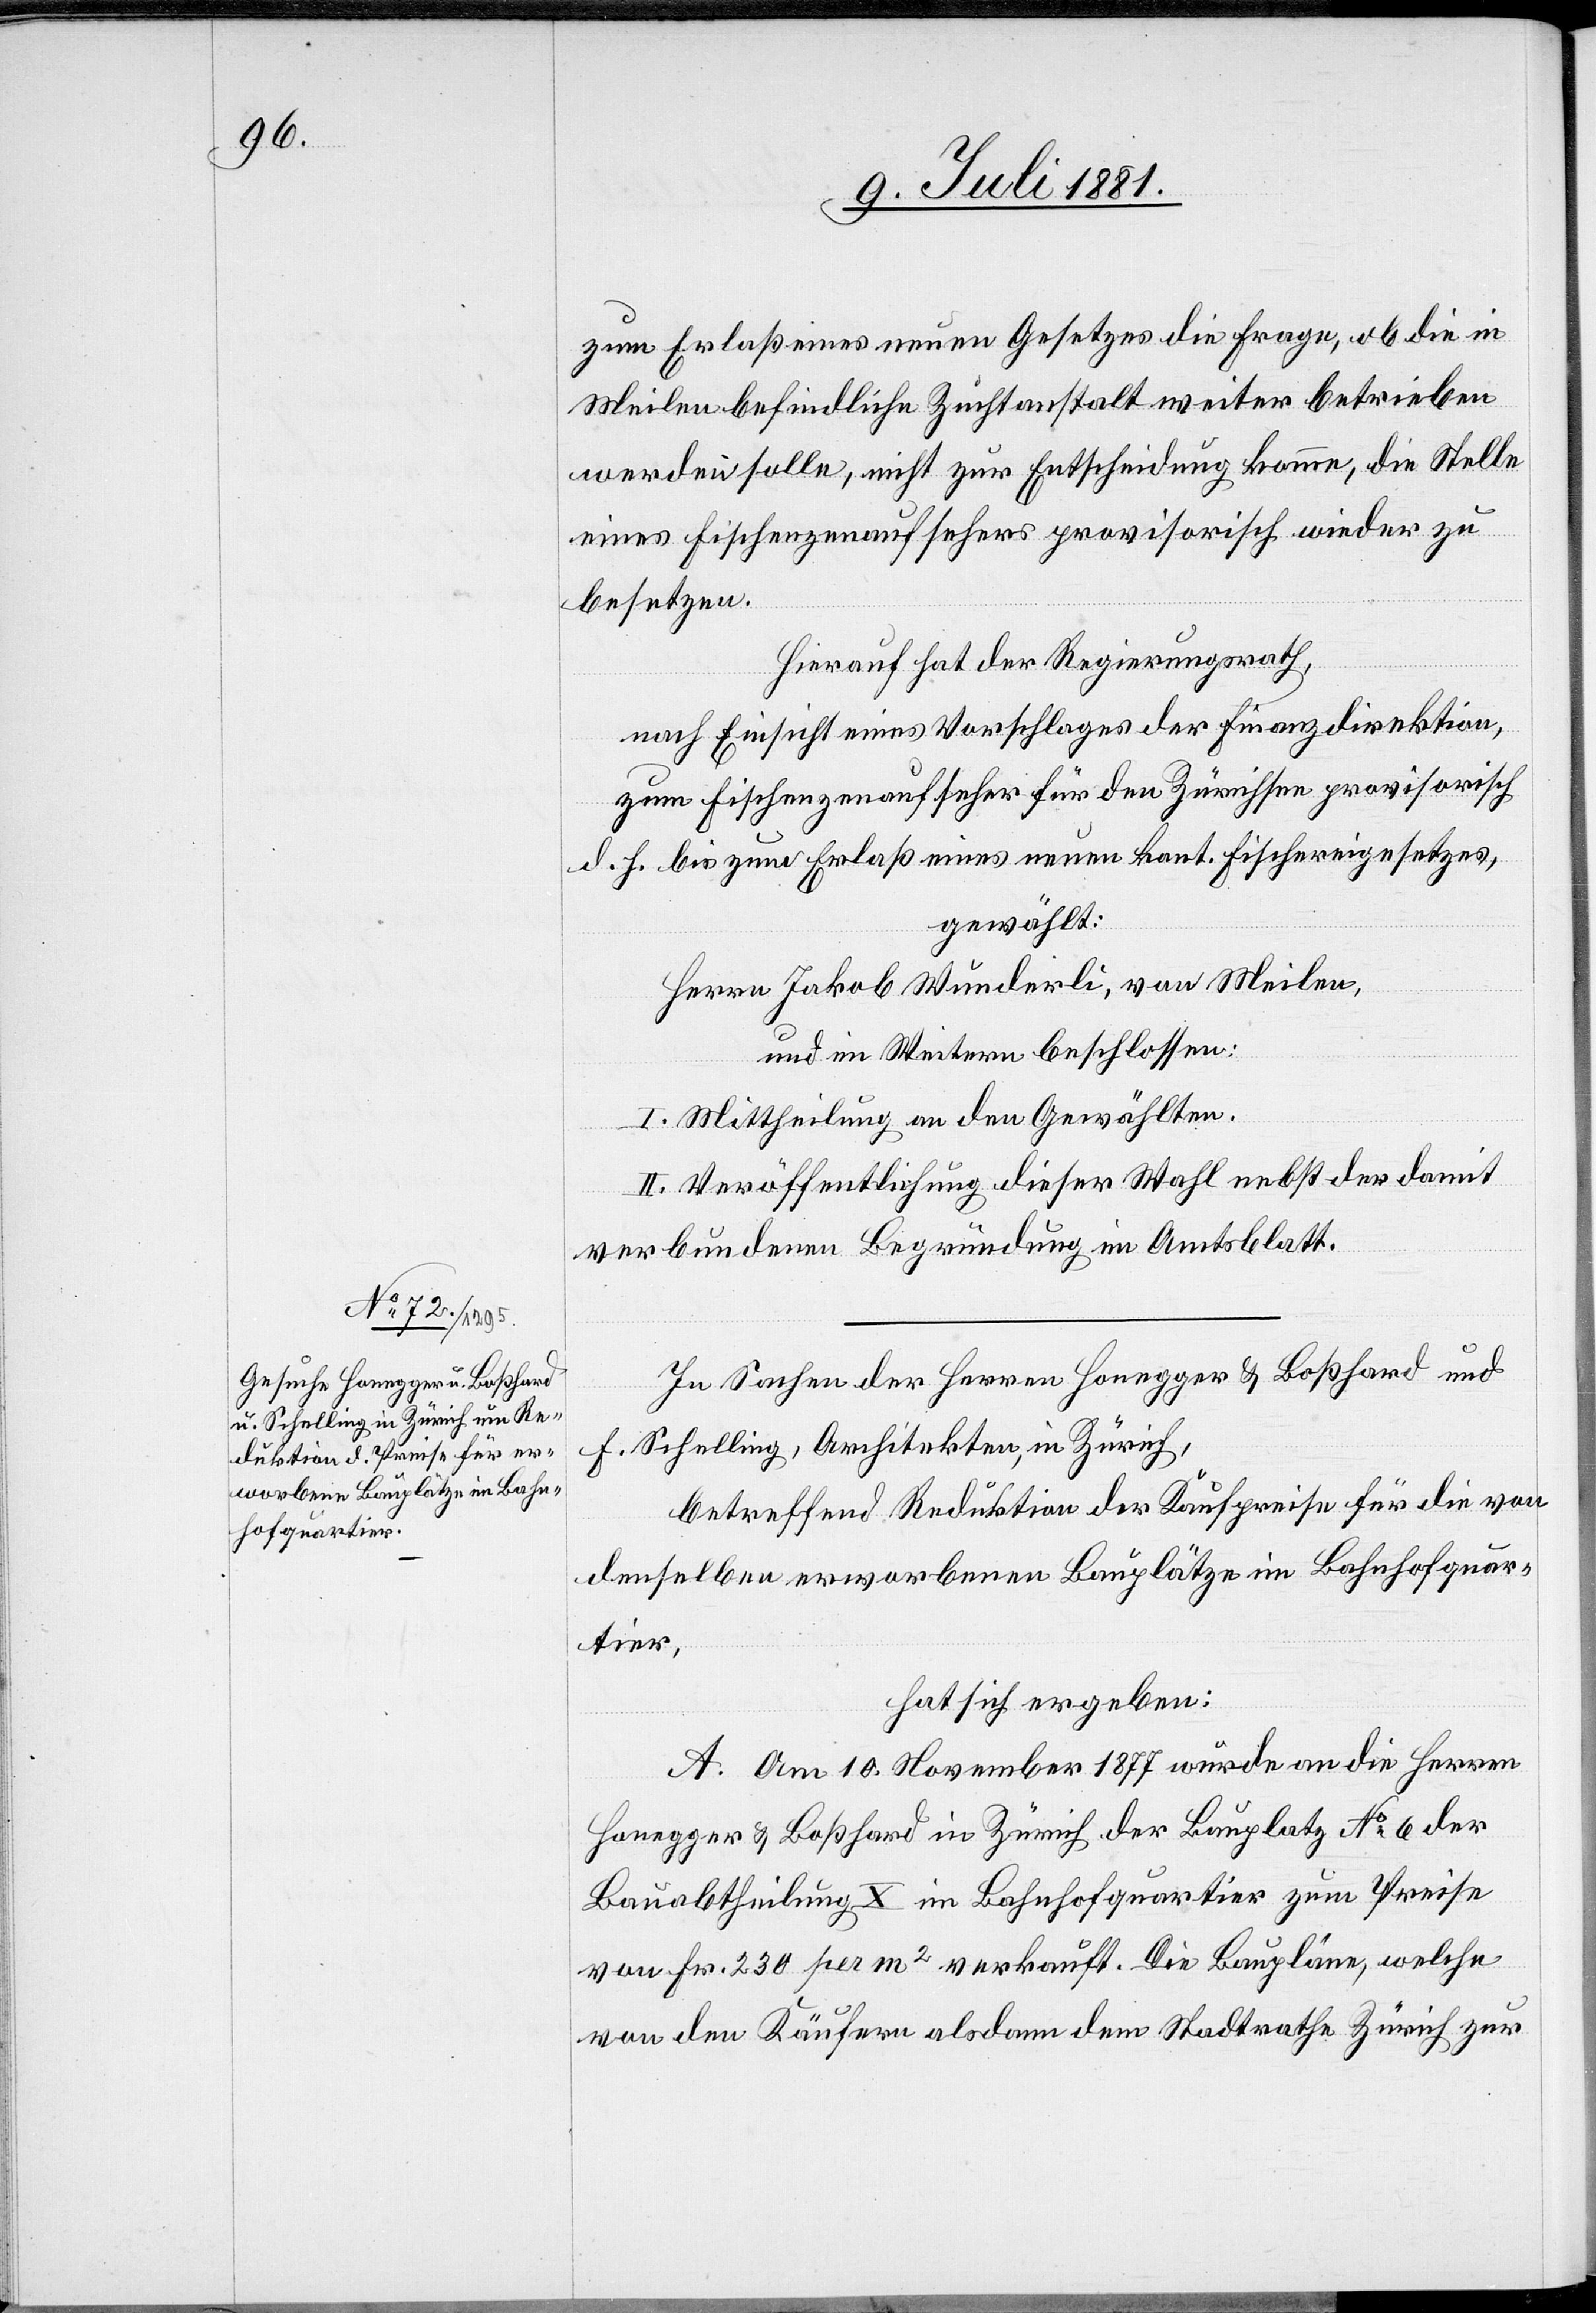
zum Erlaß eines neuen Gesetzes die Frage, ob die in
Meilen befindliche Zuchtanstalt weiter betrieben
werden solle, nicht zur Entscheidung komme, die Stelle
eines Fischenzenaufsehers provisorisch wieder zu
besetzen.
Hierauf hat der Regierungsrath,
nach Einsicht eines Vorschlages der Finanzdirektion,
zum Fischenzenaufseher für den Zürichsee provisorisch
d. J. bis zum Erlaß eines neuen kant. Fischereigesetzes,
gewählt:
Herrn Jakob Wunderli, von Meilen,
und im Weiteren beschlossen:
I. Mittheilung an den Gewählten.
II. Veröffentlichung dieser Wahl nebst der damit
verbundenen Begründung im Amtsblatt.
In Sachen der Herren Honegger & Boßhard und
F. Schelling, Architekten, in Zürich,
betreffend Reduktion der Kaufpreise für die von
denselben erworbenen Bauplätze im Bahnhofquar¬
tier,
hat sich ergeben:
A. Am 10. November 1877 wurde an die Herren
Honegger & Boßhard in Zürich der Bauplatz No. 6 der
Bauabtheilung X im Bahnhofquartier zum Preise
von Fr. 230 per m2 verkauft. Die Baupläne, welche
von den Käufern alsdann dem Stadtrath Zürich zur